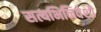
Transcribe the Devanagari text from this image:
सत्यभिनिवेशी